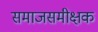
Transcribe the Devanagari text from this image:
समाजसमीक्षक